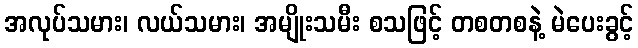
အလုပ်သမား၊ လယ်သမား၊ အမျိုးသမီး စသဖြင့် တစတစနဲ့ မဲပေးခွင့်